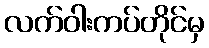
လက်ဝါးကပ်တိုင်မှ